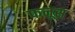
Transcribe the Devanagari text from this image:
फनूस